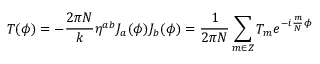
T ( \phi ) = - \frac { 2 \pi N } { k } \eta ^ { a b } J _ { a } ( \phi ) J _ { b } ( \phi ) = \frac { 1 } { 2 \pi N } \sum _ { m \in \cal { Z } } T _ { m } e ^ { - i \frac { m } { N } \phi }